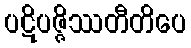
ပဋိပဇ္ဇိဿတီတိပေ